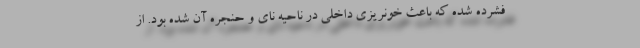
فشرده شده که باعث خونریزی داخلی در ناحیه نای و حنجره آن شده بود. از